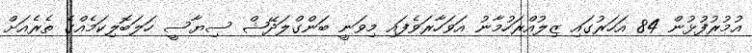
އުމުރުފުޅުން 84 އަހަރުގައި ޒިލުއްރަހުމާނު އަވަހާރަވެފައި މިވަނީ ބަންގްލަދޭޝް ސިޔާސީ ހަލަބޮލިކަމެއްގެ ތެރެއަށް